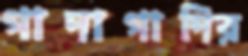
গাদাগাদির